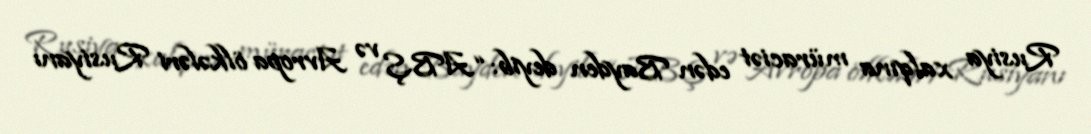
Rusiya xalqına müraciət edən Bayden deyib: “ABŞ və Avropa ölkələri Rusiyanı